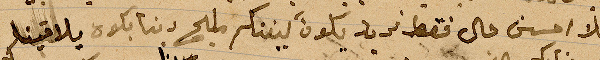
علا احسن حال فقط نريد يكون بينكم مليح ... يلافقينا